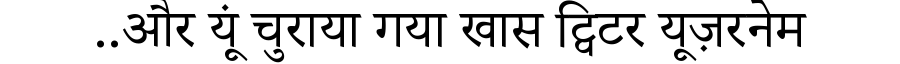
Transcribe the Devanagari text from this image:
..और यूं चुराया गया खास ट्विटर यूज़रनेम